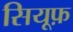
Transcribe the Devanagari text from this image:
सियूफ़